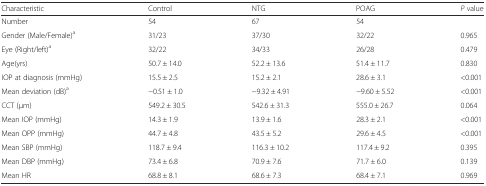
| Characteristic | Control | NTG | POAG | P value |
 | --- | --- | --- | --- | --- |
 | Number | 54 | 67 | 54 |  |
 | Gender (Male/Female)a | 31/23 | 37/30 | 32/22 | 0.965 |
 | Eye (Right/left)a | 32/22 | 34/33 | 26/28 | 0.479 |
 | Age(yrs) | 50.7 ± 14.0 | 52.2 ± 13.6 | 51.4 ± 11.7 | 0.830 |
 | IOP at diagnosis (mmHg) | 15.5 ± 2.5 | 15.2 ± 2.1 | 28.6 ± 3.1 | <0.001 |
 | Mean deviation (dB)a | −0.51 ± 1.0 | −9.32 ± 4.91 | −9.60 ± 5.52 | <0.001 |
 | CCT (μm) | 549.2 ± 30.5 | 542.6 ± 31.3 | 555.0 ± 26.7 | 0.064 |
 | Mean IOP (mmHg) | 14.3 ± 1.9 | 13.9 ± 1.6 | 28.3 ± 2.1 | <0.001 |
 | Mean OPP (mmHg) | 44.7 ± 4.8 | 43.5 ± 5.2 | 29.6 ± 4.5 | <0.001 |
 | Mean SBP (mmHg) | 118.7 ± 9.4 | 116.3 ± 10.2 | 117.4 ± 9.2 | 0.395 |
 | Mean DBP (mmHg) | 73.4 ± 6.8 | 70.9 ± 7.6 | 71.7 ± 6.0 | 0.139 |
 | Mean HR | 68.8 ± 8.1 | 68.6 ± 7.3 | 68.4 ± 7.1 | 0.969 |